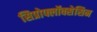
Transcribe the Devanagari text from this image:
सिप्रोफ्लॉक्सेसिन